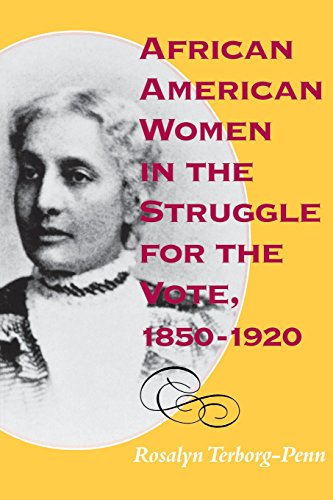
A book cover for African American Women in the Struggle for the Vote, 1850-1920 (Blacks in the Diaspora); Rosalyn Terborg-Penn; Gay & Lesbian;